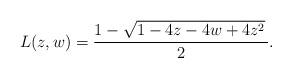
LaTeX: \begin{align*} L(z,w)=\frac{1 - \sqrt{1 - 4z - 4w + 4z^{2}}\,}{2}. \end{align*}